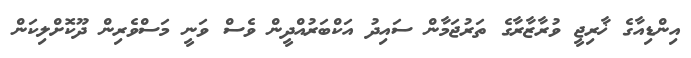
އިންޑިއާގެ ޚާރިޖީ ވުރާޒާރާގެ ތަރުޖަމާން ސައިދު އަކްބަރުއްދީން ވެސް ވަނީ މަސްވެރިން ދޫކޮށްލިކަން